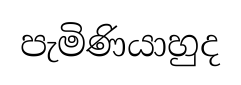
පැමිණියාහුද